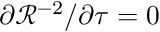
\partial \mathcal { R } ^ { - 2 } / \partial \tau = 0